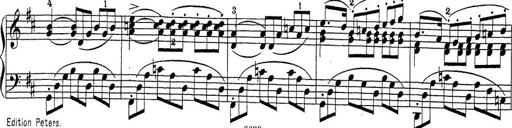
Title: Sonatina Album
Composer: Louis KÃ¶hler